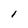
Character: I